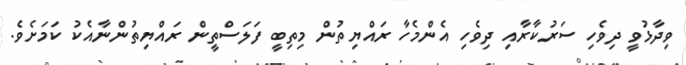
ވިދާޅުވީ ދިވެހި ސަރުކާރާއި ދިވެހި އެންމެހާ ރައްޔިތުން މިތިބީ ފަލަސްތީން ރައްޔިތުންނާއެކު ކަމަށެވެ.